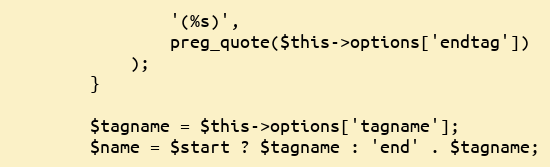
Language: PHP
                '(%s)',
                preg_quote($this->options['endtag'])
            );
        }

        $tagname = $this->options['tagname'];
        $name = $start ? $tagname : 'end' . $tagname;